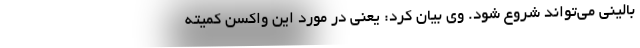
بالینی می‌تواند شروع شود. وی بیان کرد: یعنی در مورد این واکسن کمیته